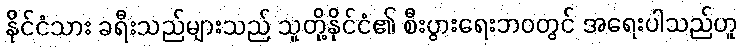
နိုင်ငံသား ခရီးသည်များသည် သူတို့နိုင်ငံ၏ စီးပွားရေးဘဝတွင် အရေးပါသည်ဟူ